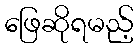
ဖြေဆိုရမည့်